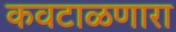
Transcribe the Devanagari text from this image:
कवटाळणारा